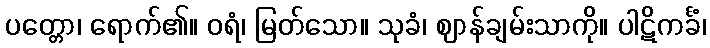
ပတ္တော၊ ရောက်၏။ ဝရံ၊ မြတ်သော။ သုခံ၊ ဈာန်ချမ်းသာကို။ ပါဋိကင်္ခံ၊